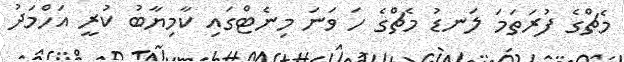
މެޗްގެ ފުރަތަމަ ލަނޑު މެޗްގެ ހަ ވަނަ މިނެޓްގައި ކާމިޔާބު ކުރީ އަހްމަދު